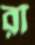
রা